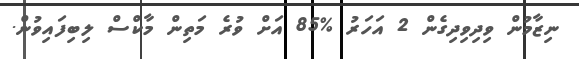
ނިޒާމުން ވިދިވިދިގެން 2 އަހަރު %85 އަށް ވުރެ މަތިން މާކްސް ލިބިފައިވުން.